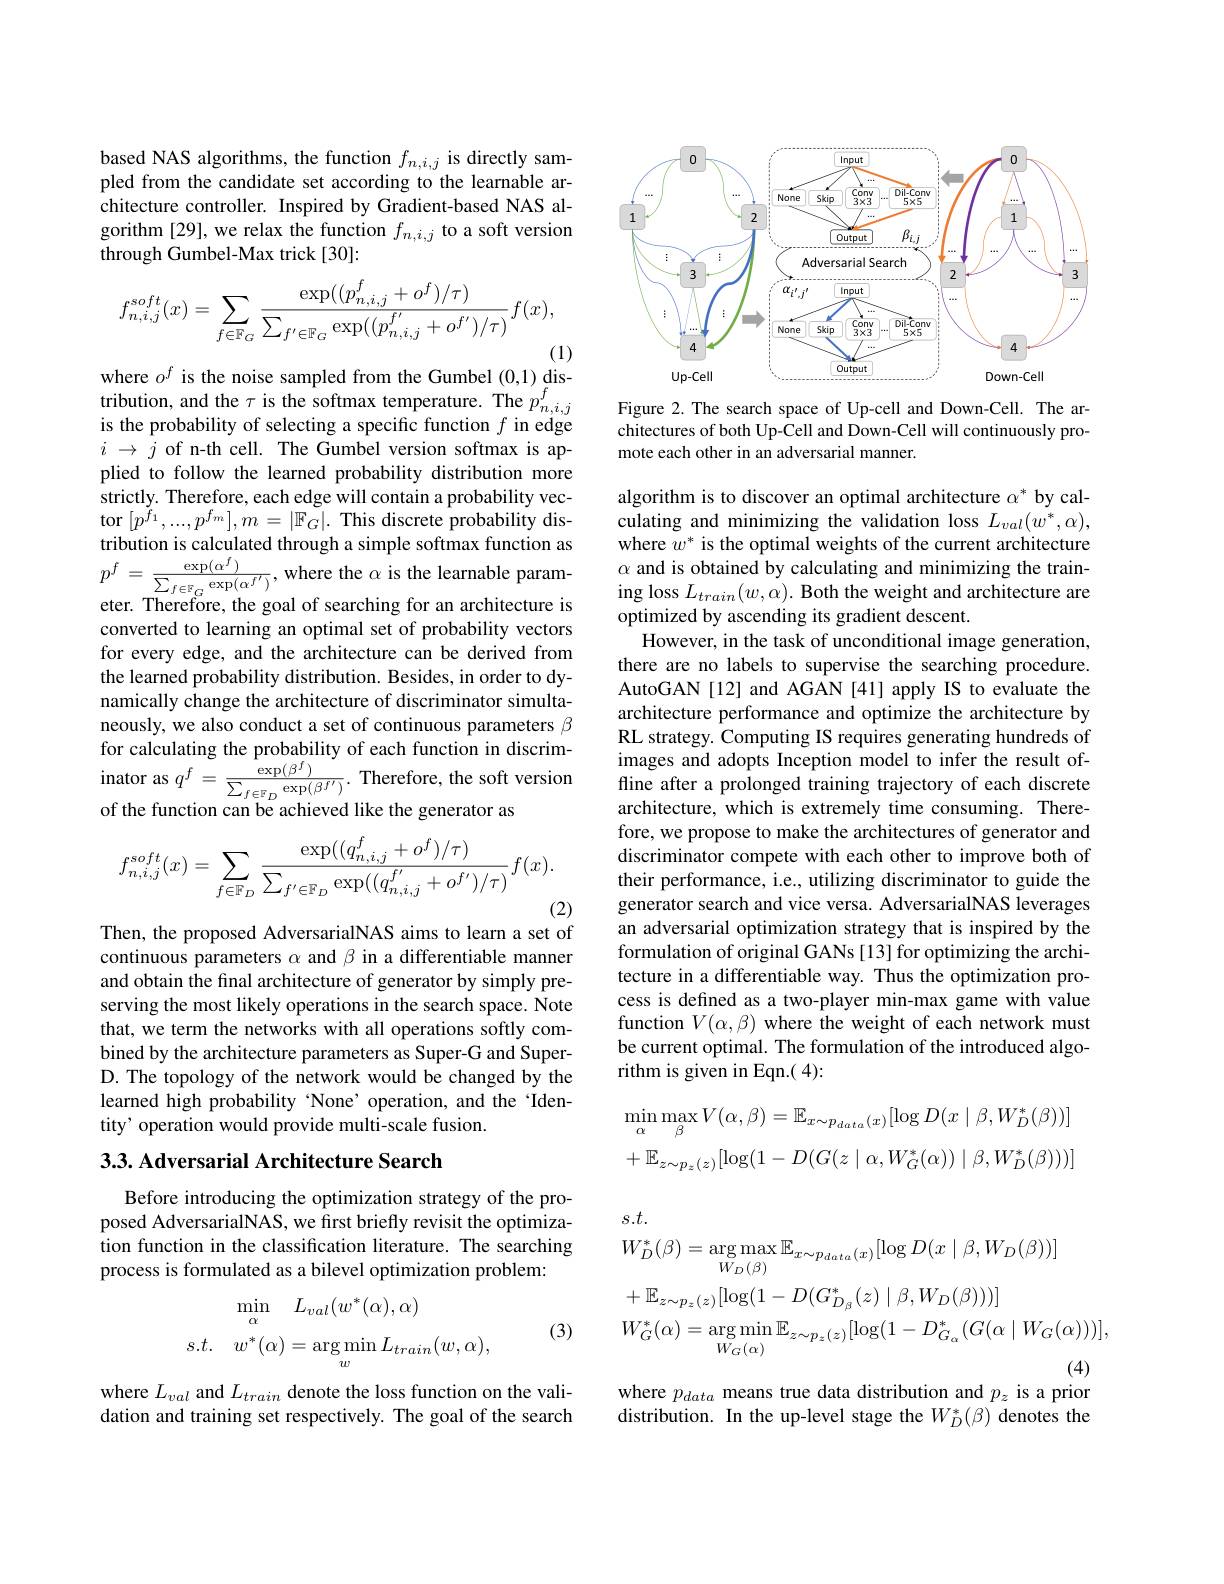
based NAS algorithms, the function $f_{n,i,j}$ is directly sampled from the candidate set according to the learnable architecture controller. Inspired by Gradient-based NAS algorithm [29], we relax the function $f_{n,i,j}$ to a soft version through Gumbel-Max trick[30]:
$$f_{n,i,j}^{soft}(x)=\sum_{f\in\mathbb{F}_{G}}\frac{\exp((p_{n,i,j}^{f}+o^{f})/\tau)}{\sum_{f'\in\mathbb{F}_{G}}\exp((p_{n,i,j}^{f'}+o^{f'})/\tau)}f(x),$$
(1)
where $o^f$ is the noise sampled from the Gumbel (0,1) dis-

tribution, and the $\tau$ is the softmax temperature. The $p_{n,i,j}^f$ is the probability of selecting a specific function $f$ in edge $i$ $\to$ $\bar{j}$ of n-th cell. The Gumbel version softmax is applied to follow the learned probability distribution more strictly. Therefore, each edge will contain a probability vector $[p^{\dot{f}_{1}},...,p^{f_{m}}],m=|\mathbb{F}_{G}|.$ This discrete probability distribution is calculated through a simple softmax function as $p^{f}=\frac{\exp(\alpha^{f})}{\sum_{f\in\mathbb{F}_{G}}\exp(\alpha^{f^{\prime}})}$,where the $\alpha$ is the learnable parameter. Therefore, the goal of searching for an architecture is converted to learning an optimal set of probability vectors for every edge, and the architecture can be derived from the learned probability distribution. Besides, in order to dynamically change the architecture of discriminator simultaneously, we also conduct a set of continuous parameters $\beta$ for calculating the probability of each function in discrim- ${\mathrm{inator~as~}q^{f}=\frac{\exp(\beta^{f})}{\sum_{f\in\mathbb{F}_{D}}\exp(\beta^{f^{\prime}})}.{\mathrm{Therefore,~the~soft~version}}}$ of the function can be achieved like the generator as
$$f_{n,i,j}^{soft}(x)=\sum_{f\in\mathbb{F}_{D}}\frac{\exp((q_{n,i,j}^{f}+o^{f})/\tau)}{\sum_{f'\in\mathbb{F}_{D}}\exp((q_{n,i,j}^{f'}+o^{f'})/\tau)}f(x).$$
(2)

Then, the proposed AdversarialNAS aims to learn a set of continuous parameters $\alpha$ and $\beta$ in a differentiable manner and obtain the final architecture of generator by simply preserving the most likely operations in the search space. Note that, we term the networks with all operations softly combined by the architecture parameters as Super-G and SuperD. The topology of the network would be changed by the learned high probability 'None’operation, and the ‘Identity' operation would provide multi-scale fusion.

### 3.3. Adversarial Architecture Search

Before introducing the optimization strategy of the proposed AdversarialNAS, we first briefly revisit the optimization function in the classification literature. The searching process is formulated as a bilevel optimization problem:
$$\begin{aligned}\min_{\alpha}\quad L_{val}(w^{*}(\alpha),\alpha)\\s.t.\quad w^{*}(\alpha)&=\arg\min_{w}L_{train}(w,\alpha),\end{aligned}$$
(3)

where $L_val$ and $L_train$ denote the loss function on the validation and training set respectively. The goal of the search

<FigureHere>

Figure 2. The search space of Up-cell and Down-Cell. The architectures of both Up-Cell and Down-Cell will continuously promote each other in an adversarial manner.

algorithm is to discover an optimal architecture $\alpha^*$ by calculating and minimizing the validation loss $L_val(w^*,\alpha)$, where $w^*$ is the optimal weights of the current architecture $\alpha$ and is obtained by calculating and minimizing the training loss $L_train(w,\alpha).$ Both the weight and architecture are optimized by ascending its gradient descent.
However, in the task of unconditional image generation, there are no labels to supervise the searching procedure. AutoGAN[12] and AGAN[41] apply IS to evaluate the architecture performance and optimize the architecture by RL strategy. Computing IS requires generating hundreds of images and adopts Inception model to infer the result offline after a prolonged training trajectory of each discrete architecture, which is extremely time consuming. Therefore, we propose to make the architectures of generator and discriminator compete with each other to improve both of their performance, i.e., utilizing discriminator to guide the generator search and vice versa. AdversarialNAS leverages an adversarial optimization strategy that is inspired by the formulation of original GANs [13] for optimizing the architecture in a differentiable way. Thus the optimization process is defined as a two-player min-max game with value function $V(\alpha,\beta)$ where the weight of each network must be current optimal. The formulation of the introduced algorithm is given in Eqn.( 4):
$$\operatorname*{min}_{\alpha}\operatorname*{max}_{\beta}V(\alpha,\beta)=\mathbb{E}_{x\sim p_{data}(x)}[\log D(x\mid\beta,W_{D}^{*}(\beta))]\\+\mathbb{E}_{z\sim p_{z}(z)}[\log(1-D(G(z\mid\alpha,W_{G}^{*}(\alpha))\mid\beta,W_{D}^{*}(\beta)))]$$
$$\begin{aligned}&\text{s.t.}\\&W_{D}^{*}(\beta)=\arg\max_{W_{D}(\beta)}\mathbb{E}_{x\sim p_{data}(x)}[\log D(x\mid\beta,W_{D}(\beta))]\\&+\mathbb{E}_{z\sim p_{z}(z)}[\log(1-D(G_{D_{\beta}}^{*}(z)\mid\beta,W_{D}(\beta)))]\\&W_{G}^{*}(\alpha)=\arg\min_{W_{G}(\alpha)}\mathbb{E}_{z\sim p_{z}(z)}[\log(1-D_{G_{\alpha}}^{*}(G(\alpha\mid W_{G}(\alpha)))],\end{aligned}$$
where $p_{data}$ means true data distribution and $p_z$ is a prior

distribution. In the up-level stage the $W_D^*(\beta)$ denotes the